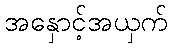
အနှောင့်အယှက်